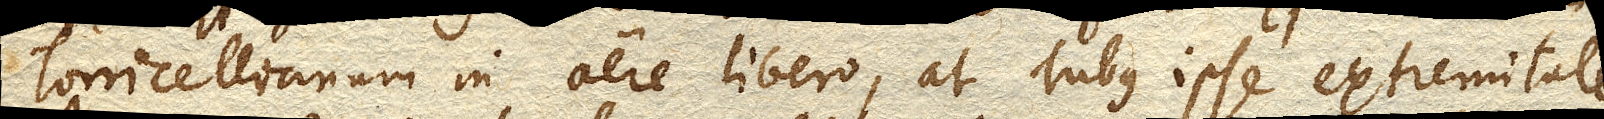
Torricellianum in aere libero, at Tubus ipse extremitate